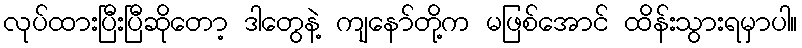
လုပ်ထားပြီးပြီဆိုတော့ ဒါတွေနဲ့ ကျနော်တို့က မဖြစ်အောင် ထိန်းသွားရမှာပါ။